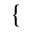
\{